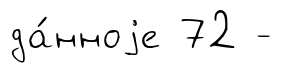
да́нноjе 72 -